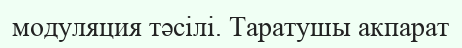
модуляция тәсілі. Таратушы акпарат